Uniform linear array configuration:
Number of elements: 16
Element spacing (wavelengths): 0.75
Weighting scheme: kaiser
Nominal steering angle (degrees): -45
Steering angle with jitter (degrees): -43.763
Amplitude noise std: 0.05
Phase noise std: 0.05

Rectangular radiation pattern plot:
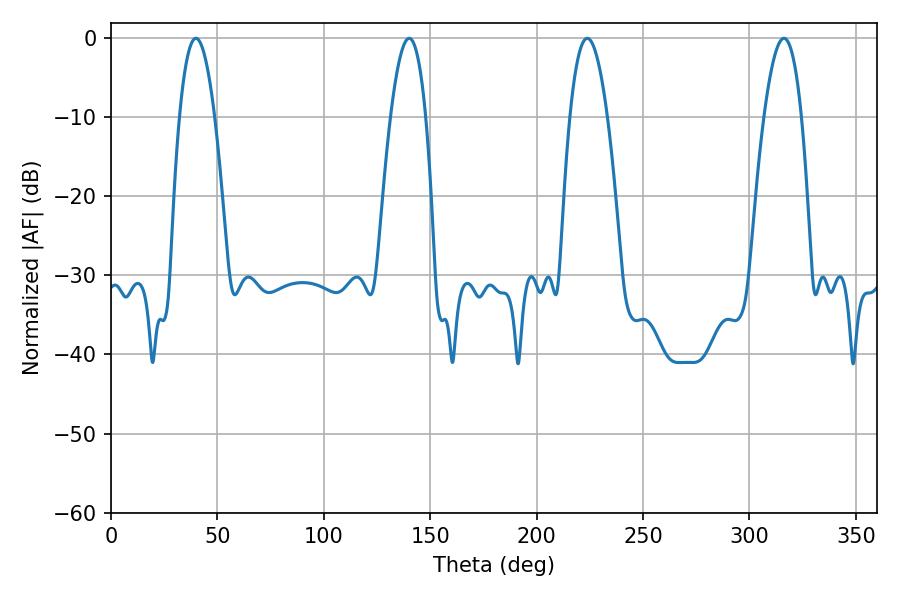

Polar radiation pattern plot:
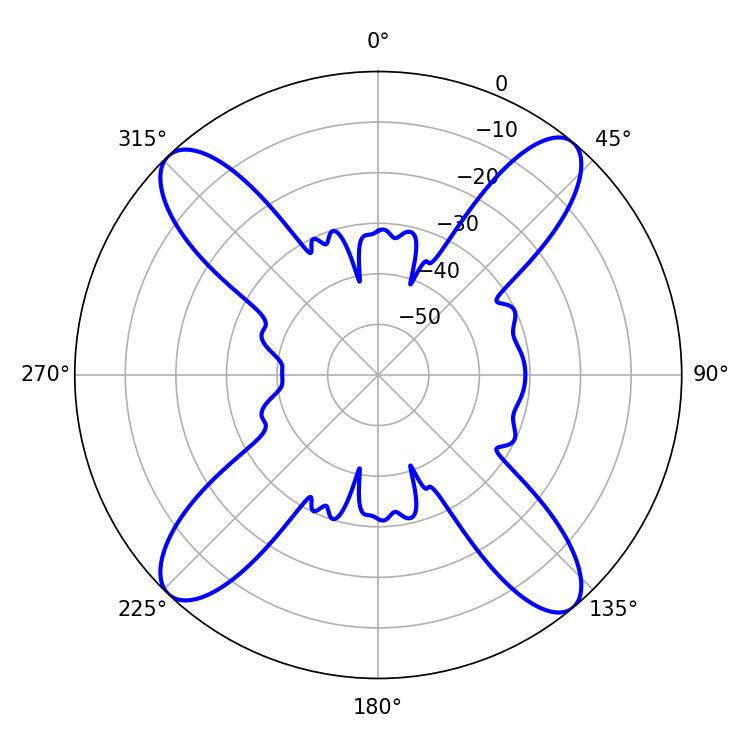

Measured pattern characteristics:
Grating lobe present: TRUE
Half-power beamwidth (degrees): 9.72
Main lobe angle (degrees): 223.74